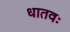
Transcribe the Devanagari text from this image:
धातवः